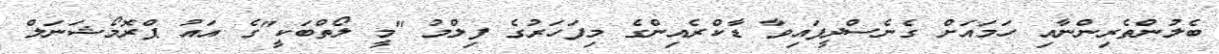
ބެލުންތެރިންނާއި ހަމައަށް ގެނެސްދީފައިވާ ޑާކްރެއިންގެ މިފަހަރުގެ ފިލްމު "މީ ލޯތްބަކީ"ގެ އައު ޕްރޮމޯޝަނަލް